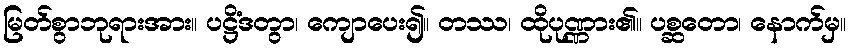
မြတ်စွာဘုရားအား။ ပဋ္ဌိံဒတွာ၊ ကျောပေး၍။ တဿ၊ ထိုပုဏ္ဏား၏။ ပစ္ဆတော၊ နောက်မှ။